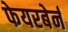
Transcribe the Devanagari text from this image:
फेयरबेर्न